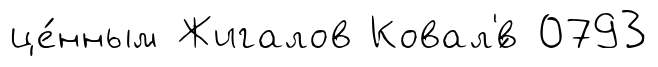
це́нным Жигалов Ковал'́в 0793